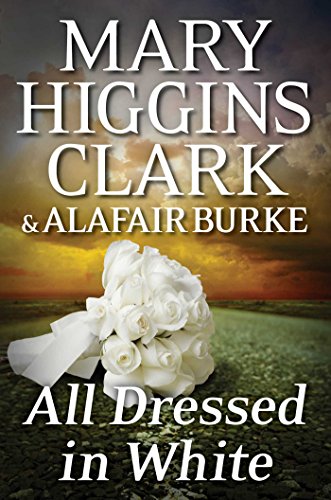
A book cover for All Dressed in White: An Under Suspicion Novel (Under Suspicion Novels); Mary Higgins Clark; Mystery, Thriller & Suspense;